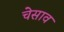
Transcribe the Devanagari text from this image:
चेसाव